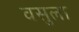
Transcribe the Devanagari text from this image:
वसुला